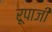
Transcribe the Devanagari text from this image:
रूपाजी